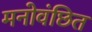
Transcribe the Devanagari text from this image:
मनोवंछित